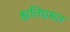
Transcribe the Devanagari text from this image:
क्षतिग्रसत